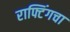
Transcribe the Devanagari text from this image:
राफ्टिंगचा